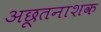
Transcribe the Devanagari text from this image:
अछूतनाशक